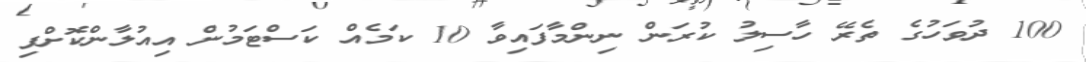
100 ދުވަހުގެ ތެރޭ ހާސިލު ކުރަން ނިންމާފައިވާ 10 ކަމެއް ކަސްޓަމުން އިއުލާންކޮށްފި